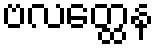
ဗလတ္ထေန